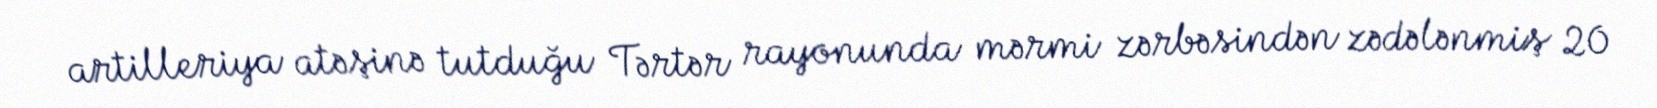
artilleriya atəşinə tutduğu Tərtər rayonunda mərmi zərbəsindən zədələnmiş 20